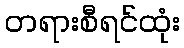
တရားစီရင်ထုံး